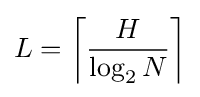
L={\left\lceil {\frac {H}{\log _{2}N}}\right\rceil }